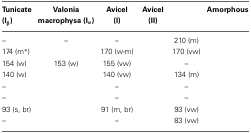
<table><thead><tr><td><b>Tunicate (I<sub>β</sub>)</b></td><td><b>Valonia macrophysa (I<sub>α</sub>)</b></td><td><b>Avicel (I)</b></td><td><b>Avicel (II)</b></td><td>[EMPTY_CELL]</td><td><b>Amorphous</b></td></tr></thead><tbody><tr><td>–</td><td>–</td><td>–</td><td>[EMPTY_CELL]</td><td>210 (m)</td><td>[EMPTY_CELL]</td></tr><tr><td>174 (m<sup>*</sup>)</td><td>[EMPTY_CELL]</td><td>170 (w-m)</td><td>[EMPTY_CELL]</td><td>170 (vw)</td><td>[EMPTY_CELL]</td></tr><tr><td>154 (w)</td><td>153 (w)</td><td>155 (vw)</td><td>[EMPTY_CELL]</td><td>–</td><td>[EMPTY_CELL]</td></tr><tr><td>140 (w)</td><td>[EMPTY_CELL]</td><td>140 (vw)</td><td>[EMPTY_CELL]</td><td>134 (m)</td><td>[EMPTY_CELL]</td></tr><tr><td>–</td><td>[EMPTY_CELL]</td><td>–</td><td>[EMPTY_CELL]</td><td>–</td><td>[EMPTY_CELL]</td></tr><tr><td>–</td><td>[EMPTY_CELL]</td><td>–</td><td>[EMPTY_CELL]</td><td>–</td><td>[EMPTY_CELL]</td></tr><tr><td>93 (s, br)</td><td>[EMPTY_CELL]</td><td>91 (m, br)</td><td>[EMPTY_CELL]</td><td>93 (vw)</td><td>[EMPTY_CELL]</td></tr><tr><td>–</td><td>[EMPTY_CELL]</td><td>–</td><td>[EMPTY_CELL]</td><td>83 (vw)</td><td>[EMPTY_CELL]</td></tr></tbody></table>